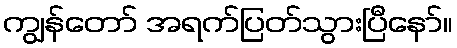
ကျွန်တော် အရက်ပြတ်သွားပြီနော်။